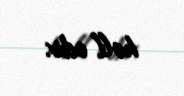
həll edir.